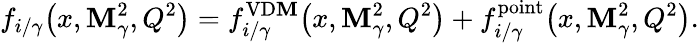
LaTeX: f_{i/\gamma}\! \left(x,\mathbf{M}_{\gamma}^{2},Q^{2}\right)=f_{i/\gamma}^{\mathrm{{VD\mathbf{M}}}}\! \left(x,\mathbf{M}_{\gamma}^{2},Q^{2}\right)+f_{i/\gamma}^{\mathrm{{point}}}\! \left(x,\mathbf{M}_{\gamma}^{2},Q^{2}\right).